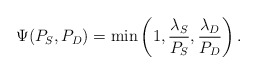
\begin{align*}\Psi(P_{S}, P_{D}) = \min \left( 1, \frac{\lambda_{S}}{P_{S}}, \frac{\lambda_{D}}{P_{D}} \right).\end{align*}